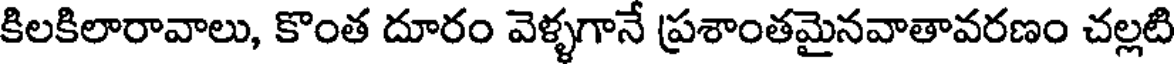
కిలకిలారావాలు, కొంత దూరం వెళ్ళగానే ప్రశాంతమైనవాతావరణం చల్లటి